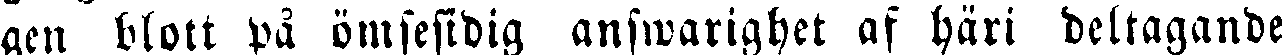
gen blott på ömsesidig answarighet af häri deltagande